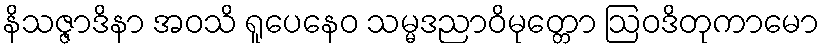
နိသဇ္ဇာဒိနာ အဝသိ ရူပေနေဝ သမ္မဒညာဝိမုတ္တော ဩဝဒိတုကာမော